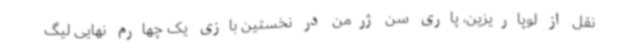
نقل از لوپاریزین، پاری سن ژرمن در نخستین بازی یک چهارم نهایی لیگ